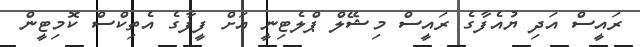
ރައީސް އަދި ޔުއެފާގެ ރައީސް މިޝޭލް ޕްލެޓިނީ އަށް ފީފާގެ އެތިކްސް ކޮމިޓީން